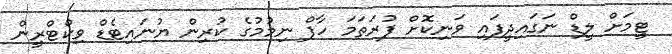
ޓީމަށް ލީޑް ނަގައިދީފައި ވަނިކޮށް ފުރަތަމަ ހާފް ނިމުމުގެ ކުރިން ޔުނައިޓެޑް ވިކްޓްރީން